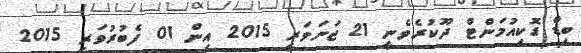
ބިޑް ޑޮކިއުމަންޓް ދޫކުރެވެނީ 21 ޖަނަވަރީ 2015 އިން 01 ފެބުރުވަރީ 2015